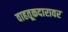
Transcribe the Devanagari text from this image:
वाहतूकदारावर